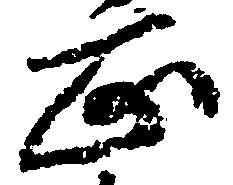
正